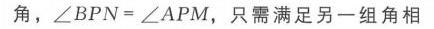
角，\(\angle BPN = \angle APM\)，只需满足另一组角相